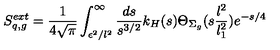
S _ { q , g } ^ { e x t } = { \frac { 1 } { 4 \sqrt { \pi } } } \int _ { \epsilon ^ { 2 } / l ^ { 2 } } ^ { \infty } { \frac { d s } { s ^ { 3 / 2 } } } k _ { H } ( s ) \Theta _ { \Sigma _ { g } } ( s { \frac { l ^ { 2 } } { l _ { 1 } ^ { 2 } } } ) e ^ { - { s / 4 } } ~